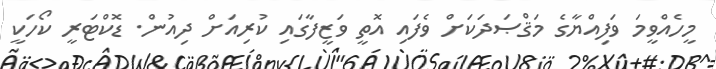
މީހެއްވީމަ ވަފިއްޔާގެ މަޤްޞަދަކަށް ވެފައި އޮތީ ވަޒީފާގައި ކުރިއަށް ދިއުން. ޑޮކްޓަރީ ކޯހަކީ